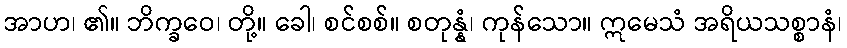
အာဟ၊ ၏။ ဘိက္ခဝေ၊ တို့။ ခေါ၊ စင်စစ်။ စတုန္နံ၊ ကုန်သော။ ဣမေသံ အရိယသစ္စာနံ၊